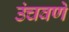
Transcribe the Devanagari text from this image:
उंचवणे